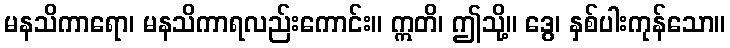
မနသိကာရော၊ မနသိကာရလည်းကောင်း။ ဣတိ၊ ဤသို့။ ဒွေ၊ နှစ်ပါးကုန်သော။